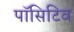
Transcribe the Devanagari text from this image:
पॉसिटिव